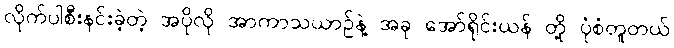
လိုက်ပါစီးနင်းခဲ့တဲ့ အပိုလို အာကာသယာဉ်နဲ့ အခု အော်ရိုင်းယန် တို့ ပုံစံတူတယ်